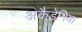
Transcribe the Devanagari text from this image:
अकैडेमिया